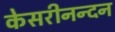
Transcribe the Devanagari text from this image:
केसरीनन्दन